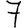
Digit: 7